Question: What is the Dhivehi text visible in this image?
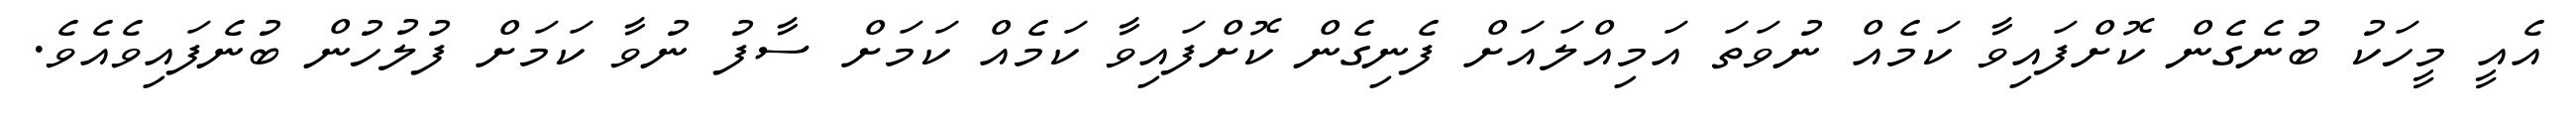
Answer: އެއީ މީހަކު ބުނެގެން ކޮށްފައިވާ ކަމެއް ނުވަތަ އަމިއްލައަށް ފެނިގެން ކޮށްފައިވާ ކަމެއް ކަމަށް ސާފު ނުވާ ކަމަށް ފުލުހުން ބުނެފައިވެއެވެ.